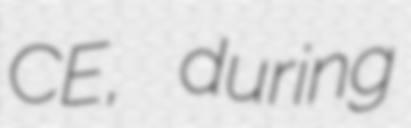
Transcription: CE, during